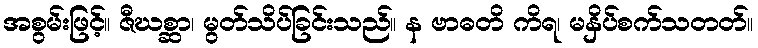
အစွမ်းဖြင့်။ ဇီဃစ္ဆာ၊ မွတ်သိပ်ခြင်းသည်။ န ဗာဓတိ ကိရ၊ မနှိပ်စက်သတတ်။